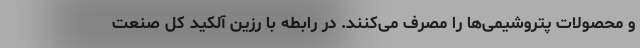
و محصولات پتروشیمی‌ها را مصرف می‌کنند. در رابطه با رزین آلکید کل صنعت